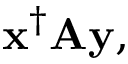
\mathbf { x } ^ { \dagger } \mathbf { A y } ,